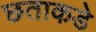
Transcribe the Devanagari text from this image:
छताकडे